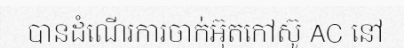
បានដំណើរការចាក់អ៊ុតកៅស៊ូ AC នៅ